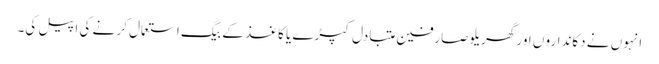
انہوں نے دکاندارو ں اور گھریلو صارفین متبادل کپڑے یا کاغذ کے بیگ استعمال کر نے کی اپیل کی۔